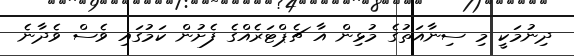
ދިނުމަކީ މި ސިނާއަތުގެ މުޅިން އާ ޗެޕްޓަރެއްގެ ފެށުން ކަމުގައި ވެސް ވެދާނެ